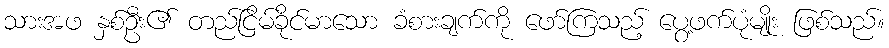
သားအဖ နှစ်ဦး၏ တည်ငြိမ်ခိုင်မာသော ခံစားချက်ကို ဖော်ကြသည့် ပွေ့ဖက်ပုံမျိုး ဖြစ်သည်။